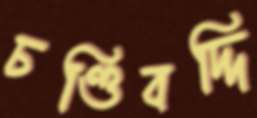
চণ্ডিবদ্দি